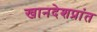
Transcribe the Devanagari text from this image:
खानदेशप्रांत